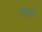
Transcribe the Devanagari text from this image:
त्येजो